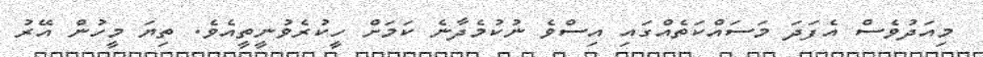
މިއަދުވެސް އެފަދަ މަސައްކަތެއްގައި އިސްވެ ނުކުމެދާނެ ކަމަށް ހީކުރެވުނީތީއެވެ. ތިޔަ މީހުން އޭރު